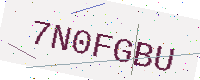
Text: 7N0FGBU